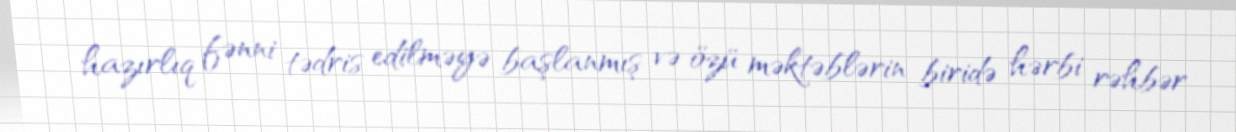
hazırlıq fənni tədris edilməyə başlanmış və özü məktəblərin biridə hərbi rəhbər